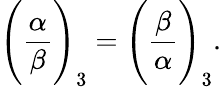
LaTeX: {\Bigg(}{\frac{\alpha}{\beta}}{\Bigg)}_{3}={\Bigg(}{\frac{\beta}{\alpha}}{\Bigg)}_{3}.